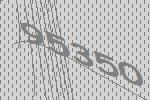
95350